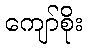
ကျော်စိုး